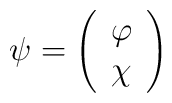
\psi=\left(\begin{array}{lcr}\varphi\\\chi\end{array}  \right)